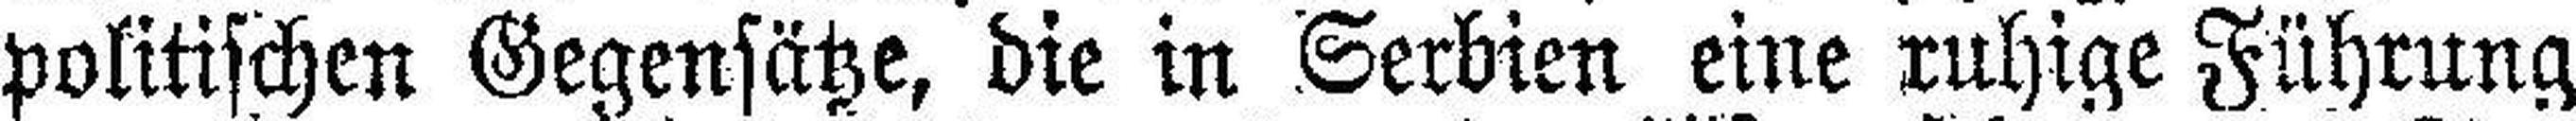
politischen Gegensätze, die in Serbien eine ruhige Führung